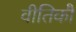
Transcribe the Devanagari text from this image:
वीतिकौ